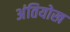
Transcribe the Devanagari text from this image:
अंतियोख